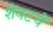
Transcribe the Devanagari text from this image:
शेवटचें